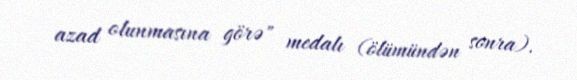
azad olunmasına görə" medalı (ölümündən sonra).